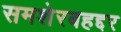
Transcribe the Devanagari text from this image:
समशेरबहद्दर